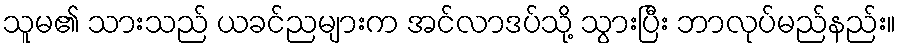
သူမ၏ သားသည် ယခင်ညများက အင်လာဒပ်သို့ သွားပြီး ဘာလုပ်မည်နည်း။